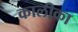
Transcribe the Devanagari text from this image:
कालीका